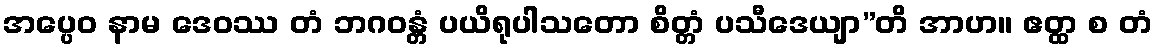
အပ္ပေဝ နာမ ဒေဝဿ တံ ဘဂဝန္တံ ပယိရုပါသတော စိတ္တံ ပသီဒေယျာ”တိ အာဟ။ ဧတ္ထ စ တံ